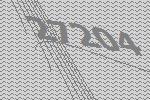
27204